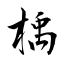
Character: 楀